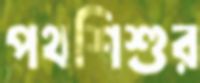
পথশিশুর